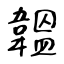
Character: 韞